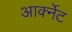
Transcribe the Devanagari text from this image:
आर्क्नेट